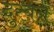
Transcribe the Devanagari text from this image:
दुरबन